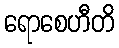
ရောစေဟီတိ